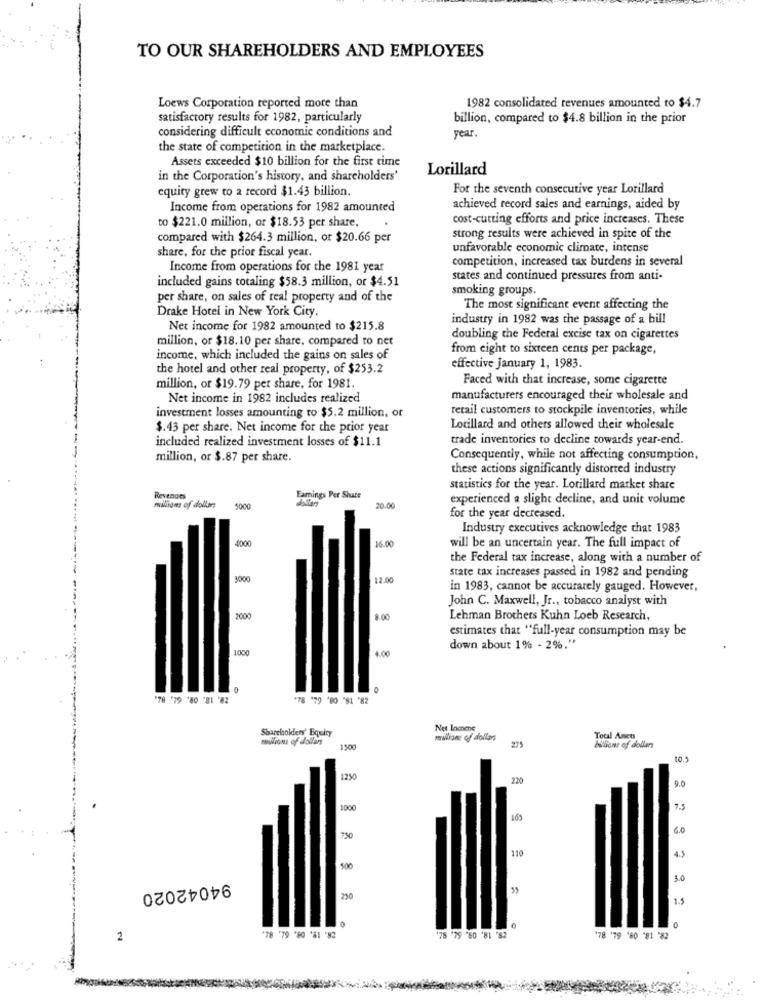
TO OUR SHAREHOLDERS AND EMPLOYEES
Loews Corporation reported more than
1982 consolidated revenues amounted to $4.7
satisfactory results for 1982, particularly
billion, compared to $4.8 billion in the prior
considering difficult economic conditions and
year
the state of competition in the marketplace.
Assets exceeded $10 billion for the first time
Lorillard
in the Corporation's history, and shareholders'
equity grew to a record $1.43 billion.
For the seventh consecutive year Lorillard
Income from operations for 1982 amounted
achieved record sales and earnings, aided by
cost-cutting efforts and price increases. These
to $221.0 million, or $18.53 per share,
compared with $264.3 million, or $20.66 per
strong results were achieved in spite of the
share, for the prior fiscal year.
unfavorable economic climate, intense
competition, increased tax burdens in several
Income from operations for the 1981 year
included gains totaling $58.3 million, or $4.51
states and continued pressures from anti-
smoking groups.
per share, on sales of real property and of the
Drake Hotel in New York City.
The most significant event affecting the
industry in 1982 was the passage of a bill
Net income for 1982 amounted to $215.8
million, or $18.10 per share, compared to net
doubling the Federal excise tax on cigarettes
from cight to sixteen cents per package,
income, which included the gains on sales of
the hotel and other real property, of $253.2
effective January 1, 1983.
Faced with that increase, some cigarette
million, or $19.79 per share, for 1981.
Net income in 1982 includes realized
manufacturers encouraged their wholesale and
investment losses amounting to $5.2 million, or
retail customers to stockpile inventories, while
$.43 per share. Net income for the prior year
Lorillard and others allowed their wholesale
included realized investment losses of $11.1
trade inventories to decline towards year-end.
million, or $.87 per share.
Consequently, while not affecting consumption,
these actions significantly distorted industry
statistics for the year. Lorillard market share
Revenues
Earnings Per Share
experienced a slight decline, and unit volume
milions of dollars
5000
20.00
for the year decreased.
Industry executives acknowledge that 1983
4000
16.00
will be an uncertain year. The full impact of
the Federal tax increase, along with a number of
state tax increases passed in 1982 and pending
3000
12.00
in 1983, cannot be accurately gauged. However,
John C. Maxwell, Jr ., tobacco analyst with
2000
Lehman Brothers Kuhn Loeb Research,
estimates that "full-year consumption may be
1000
4.00
down about 1% - 2%."
'78 '79 '80 '81 '82
*78 '79 '80 "81 '82
Shareholders' Equity
Net Incnene
millions of dollars
275
Total Assets
1500
bilions of dollars
to.
170
9.0
1000
7.5
6.0
110
4.5
400
3.0
94042020
290
0
28. 19. 08.64. 82.
0
2
'78 '79 "50 '81 '82
'78 '79 '60 "81 82